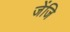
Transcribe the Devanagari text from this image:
जेंजि